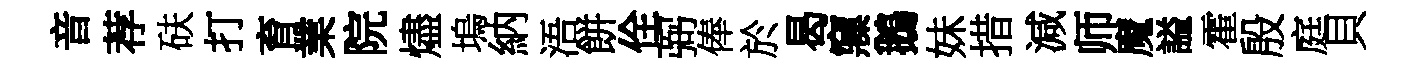
音荐砆打育業院燼塢納浯餅佺弼俸於曷䆿鵝妹措減师魔謚霍殷庭貝